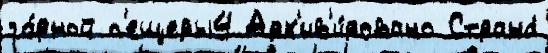
го́рной п'ещеры4 Арх'ив'и́ровано Страна́